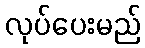
လုပ်ပေးမည်